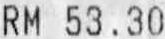
RM 53.30